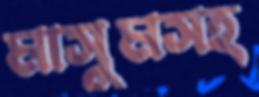
মাসুমসহ